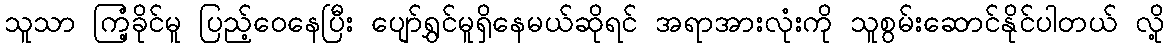
သူသာ ကြံ့ခိုင်မူ ပြည့်ဝေနေပြီး ပျော်ရွှင်မူရှိနေမယ်ဆိုရင် အရာအားလုံးကို သူစွမ်းဆောင်နိုင်ပါတယ် လို့